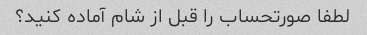
لطفا صورتحساب را قبل از شام آماده کنید؟